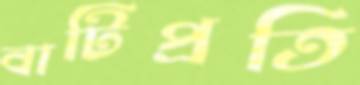
বাটিপ্রতি